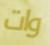
وات